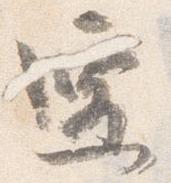
遷